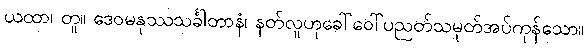
ယထာ၊ တူ။ ဒေဝမနုဿသင်္ခါတာနံ၊ နတ်လူဟုခေါ်ဝေါ်ပညတ်သမုတ်အပ်ကုန်သော။